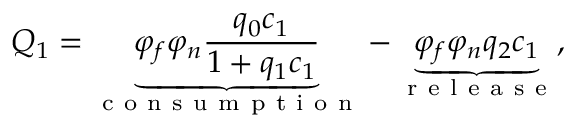
Q _ { 1 } = \underbrace { \varphi _ { f } \varphi _ { n } \frac { q _ { 0 } c _ { 1 } } { 1 + q _ { 1 } c _ { 1 } } } _ { \mathrm { ~ c ~ o ~ n ~ s ~ u ~ m ~ p ~ t ~ i ~ o ~ n ~ } } - \underbrace { \varphi _ { f } \varphi _ { n } q _ { 2 } c _ { 1 } } _ { \mathrm { ~ r ~ e ~ l ~ e ~ a ~ s ~ e ~ } } ,